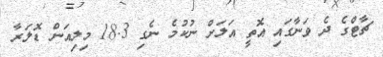
ޗާޓްގެ ދެ ވަނާގައި އޮތީ އަލަށް ނުކުމެ ނެގި 18.3 މިލިއަން ޑޮލަރާ